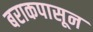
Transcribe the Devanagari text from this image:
बराकपासून